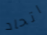
اتحاد